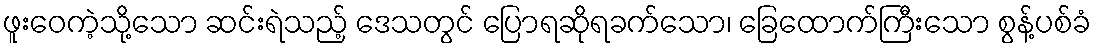
ဖူးဝေကဲ့သို့သော ဆင်းရဲသည့် ဒေသတွင် ပြောရဆိုရခက်သော၊ ခြေထောက်ကြီးသော စွန့်ပစ်ခံ